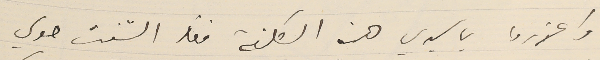
واعذروا ياسيدي هذه التكلفة فقد التفت حولي